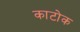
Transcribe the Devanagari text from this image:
काटोक